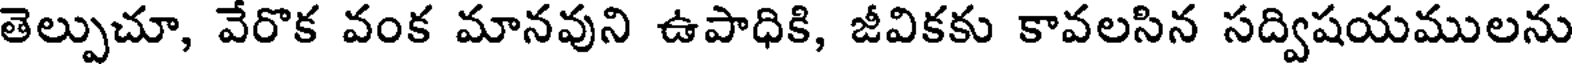
తెల్పుచూ, వేరొక వంక మానవుని ఉపాధికి, జీవికకు కావలసిన సద్విషయములను